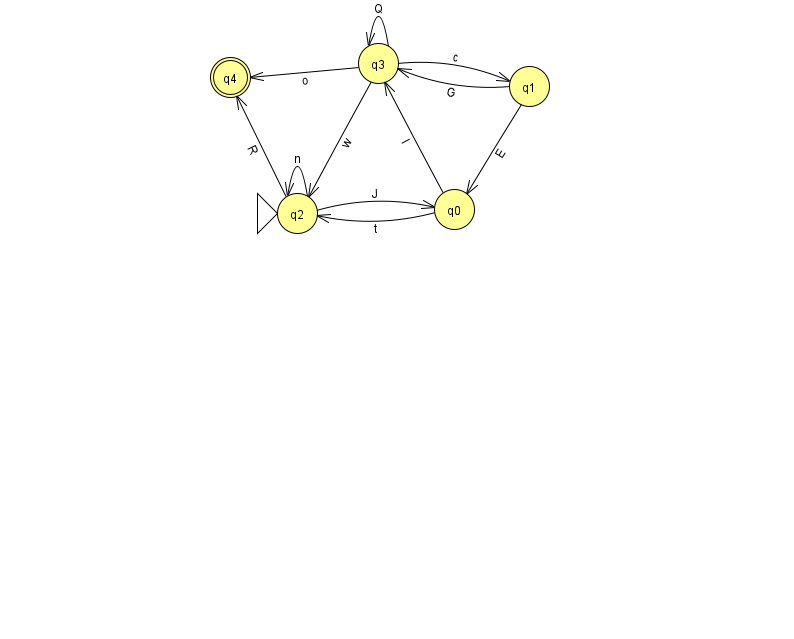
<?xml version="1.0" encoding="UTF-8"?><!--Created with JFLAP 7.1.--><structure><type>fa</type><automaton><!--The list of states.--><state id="0" name="q0"><x>454.0</x><y>196.0</y></state><state id="1" name="q1"><x>529.0</x><y>73.0</y></state><state id="2" name="q2"><x>297.0</x><y>200.0</y><initial/></state><state id="3" name="q3"><x>378.0</x><y>50.0</y></state><state id="4" name="q4"><x>230.0</x><y>64.0</y><final/></state><!--The list of transitions.--><transition><from>3</from><to>3</to><read>Q</read></transition><transition><from>2</from><to>0</to><read>J</read></transition><transition><from>2</from><to>4</to><read>R</read></transition><transition><from>3</from><to>4</to><read>o</read></transition><transition><from>3</from><to>2</to><read>w</read></transition><transition><from>1</from><to>3</to><read>G</read></transition><transition><from>0</from><to>2</to><read>t</read></transition><transition><from>0</from><to>3</to><read>I</read></transition><transition><from>1</from><to>0</to><read>E</read></transition><transition><from>2</from><to>2</to><read>n</read></transition><transition><from>3</from><to>1</to><read>c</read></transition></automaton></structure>